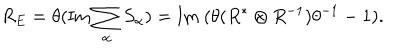
R _ { E } = \theta ( \mathrm { I m } \sum _ { \alpha } S _ { \alpha } ) = \mathrm { I m ~ } ( \theta ( R ^ { * } \otimes R ^ { - 1 } ) \theta ^ { - 1 } - 1 ) .